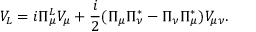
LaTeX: V _ { L } = i \Pi _ { \mu } ^ { L } V _ { \mu } + \frac { i } { 2 } ( \Pi _ { \mu } \Pi _ { \nu } ^ { * } - \Pi _ { \nu } \Pi _ { \mu } ^ { * } ) V _ { \mu \nu } .